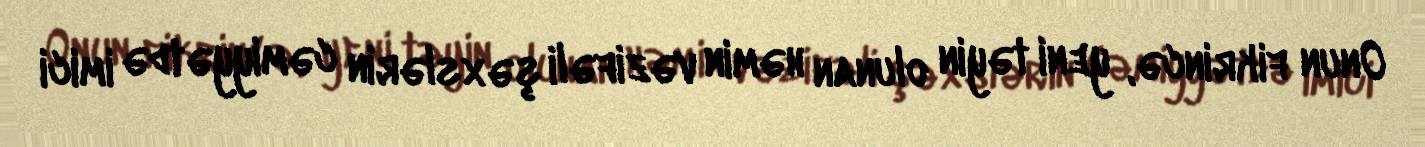
Onun fikrincə, yeni təyin olunan həmin vəzifəli şəxslərin cəmiyyətdə imici